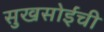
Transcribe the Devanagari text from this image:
सुखसोईंची